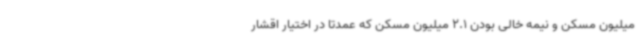
میلیون مسکن و نیمه خالی بودن 2.1 میلیون مسکن که عمدتاً در اختیار اقشار